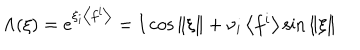
LaTeX: \Lambda ( \xi ) = \textstyle { e ^ { \xi _ { i } \left< f ^ { i } \right> } = { \bf I } \cos \| \xi \| + \nu _ { i } \left< f ^ { i } \right> } \sin \| \xi \|